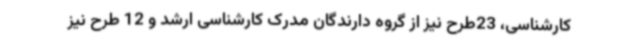
کارشناسی، 23طرح نیز از گروه دارندگان مدرک کارشناسی ارشد و 12 طرح نیز